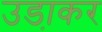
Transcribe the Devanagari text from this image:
उडा़कर